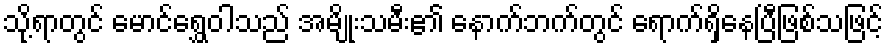
သို့ရာတွင် မောင်ရွှေဝါသည် အမျိုးသမီး၏ နောက်ဘက်တွင် ရောက်ရှိနေပြီဖြစ်သဖြင့်